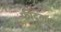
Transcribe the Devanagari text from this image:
फीद्लर